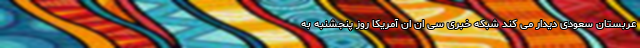
عربستان سعودی دیدار می کند شبکه خبری سی ان ان آمریکا روز پنجشنبه به